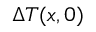
\Delta { T } ( x , 0 )